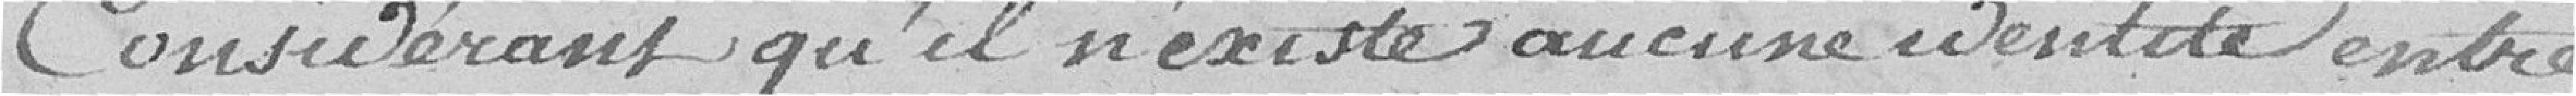
Considérant qu'il n'existe aucune identité entre